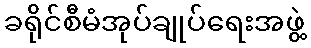
ခရိုင်စီမံအုပ်ချုပ်ရေးအဖွဲ့